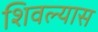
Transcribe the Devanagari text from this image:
शिवल्यास